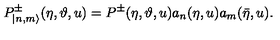
P _ { | n , m \rangle } ^ { \pm } ( \eta , \vartheta , u ) = P ^ { \pm } ( \eta , \vartheta , u ) a _ { n } ( \eta , u ) a _ { m } ( \bar { \eta } , u ) .